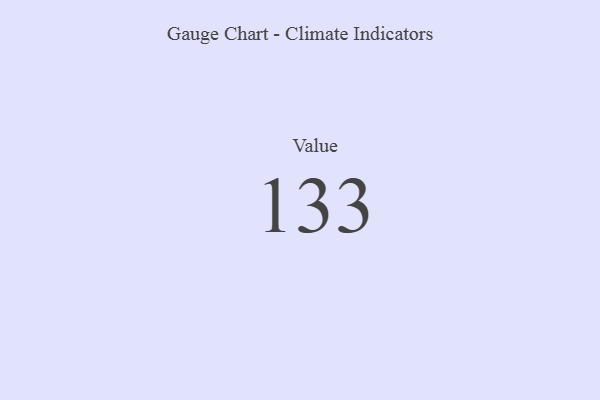
{"axis": {"x": "Metric", "y": "Value"}, "legend": [""], "data": [{"x": "Value", "y": 133, "type": ""}]}